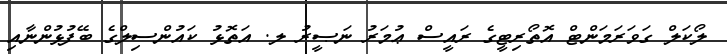
ލޯކަލް ގަވަރަމަންޓް އޮތޯރިޓީގެ ރައީސް ޢުމަރު ނަޞީރު ލ. އަތޮޅު ކައުންސިލްގެ ބޭފުޅުންނާއި